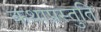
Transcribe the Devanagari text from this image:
कथाप्रस्तुति